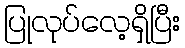
ပြုလုပ်လေ့ရှိပြီး